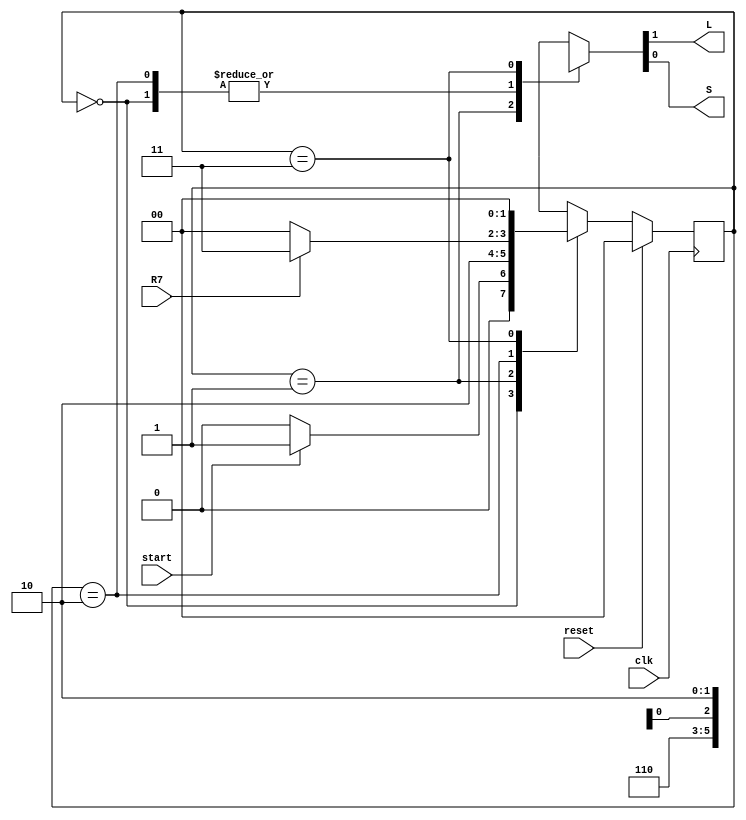
/*******************************************************************************
 *
 * the control unit to compute R=|A-B|
 *
 ******************************************************************************/

`define S0	2'b00
`define S1	2'b01
`define S2	2'b10
`define S3	2'b11

module control_unit (start, R7, L, S, reset, clk);
	input	start;
	input	R7;
	output	L;
	output	S;
	input	reset;
	input	clk;

	reg		[1:0]	state;
	reg				L, S;

	//the state transition
	always @(posedge clk) begin
		if (reset)
			state <= `S0;
		else begin
			case (state)
				`S0:	state <= (start)? `S1: `S0;
				`S1:	state <= `S2;
				`S2:	state <= (R7)? `S3: `S0;
				`S3:	state <= `S0;
			endcase
		end
	end	//the state transition

	//generate control signals output
	always @(*) begin
		case (state)
			`S0:	{L, S} = 2'b0x;
			`S1:	{L, S} = 2'b11;
			`S2:	{L, S} = 2'b0x;
			`S3:	{L, S} = 2'b10;
		endcase
	end
endmodule